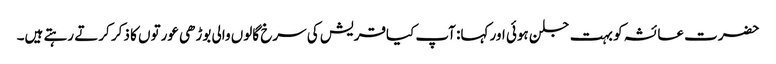
حضرت عائشہ کو بہت جلن ہوئی اور کہا: آپ کیاقریش کی سرخ گالوں والی بوڑھی عورتوں کا ذکر کرتے رہتے ہیں۔